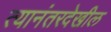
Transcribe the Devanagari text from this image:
त्यानंतरदेखील